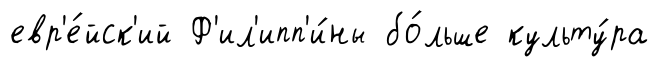
евр'е́йск'ий Ф'ил'ипп'и́ны бо́льше культу́ра